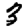
Digit: 3